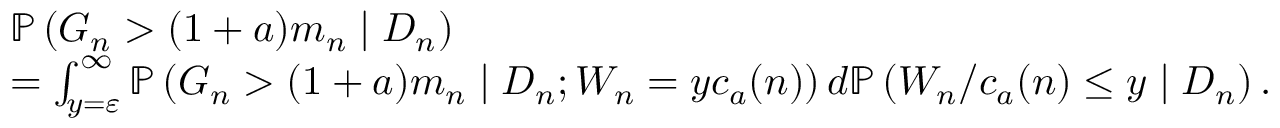
\begin{array} { r l } & { \mathbb { P } \left( G _ { n } > ( 1 + a ) m _ { n } \mid D _ { n } \right) } \\ & { = \int _ { y = \varepsilon } ^ { \infty } \mathbb { P } \left( G _ { n } > ( 1 + a ) m _ { n } \mid D _ { n } ; W _ { n } = y c _ { a } ( n ) \right) d \mathbb { P } \left( W _ { n } / c _ { a } ( n ) \leq y \mid D _ { n } \right) . } \end{array}